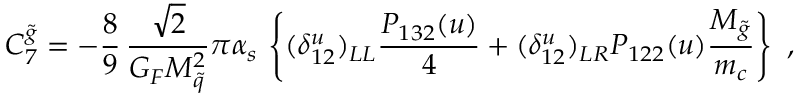
C _ { 7 } ^ { \tilde { g } } = - \frac { 8 } { 9 } \, \frac { \sqrt 2 } { G _ { F } M _ { \tilde { q } } ^ { 2 } } \pi \alpha _ { s } \, \left\{ ( \delta _ { 1 2 } ^ { u } ) _ { L L } \frac { P _ { 1 3 2 } ( u ) } { 4 } + ( \delta _ { 1 2 } ^ { u } ) _ { L R } P _ { 1 2 2 } ( u ) \frac { M _ { \tilde { g } } } { m _ { c } } \right\} ~ ,